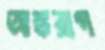
অস্তরাগ